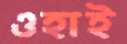
ওহাই